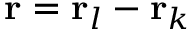
\mathrm { \bf r } = \mathrm { \bf r } _ { l } - \mathrm { \bf r } _ { k }